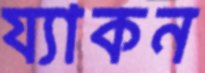
য্যাকন